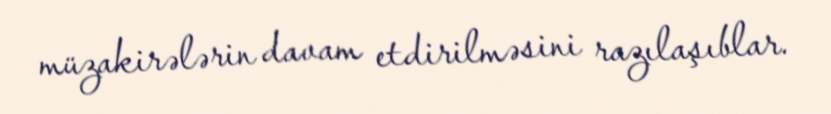
müzakirələrin davam etdirilməsini razılaşıblar.